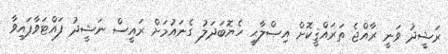
ރަޝީދު ވަނީ ރާއްޖެ ތަރައްޤީކޮށް އިޞްލާޙީ ހެޔޮބަދަލު ގެނައުމަށް ރައީސް ނަޝީދު ފައްޓަވާފައިވާ